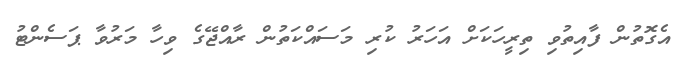
އެގޮތުން ފާއިތުވި ތިރީހަކަށް އަހަރު ކުރި މަސައްކަތުން ރާއްޖޭގެ ވިހާ މަރުވާ ޕަސެންޓު